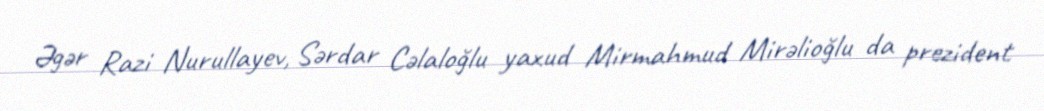
Əgər Razi Nurullayev, Sərdar Cəlaloğlu yaxud Mirmahmud Mirəlioğlu da prezident